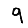
Digit: 9